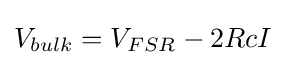
V_{bulk}=V_{FSR}-2RcI